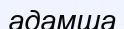
адамша